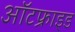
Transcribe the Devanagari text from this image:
ऑटफ्राइड